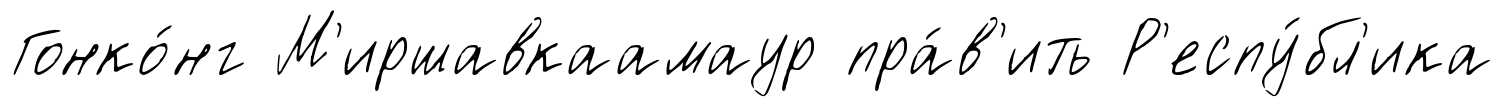
Гонко́нг М'иршавкаамаур пра́в'ить Р'еспу́бл'ика